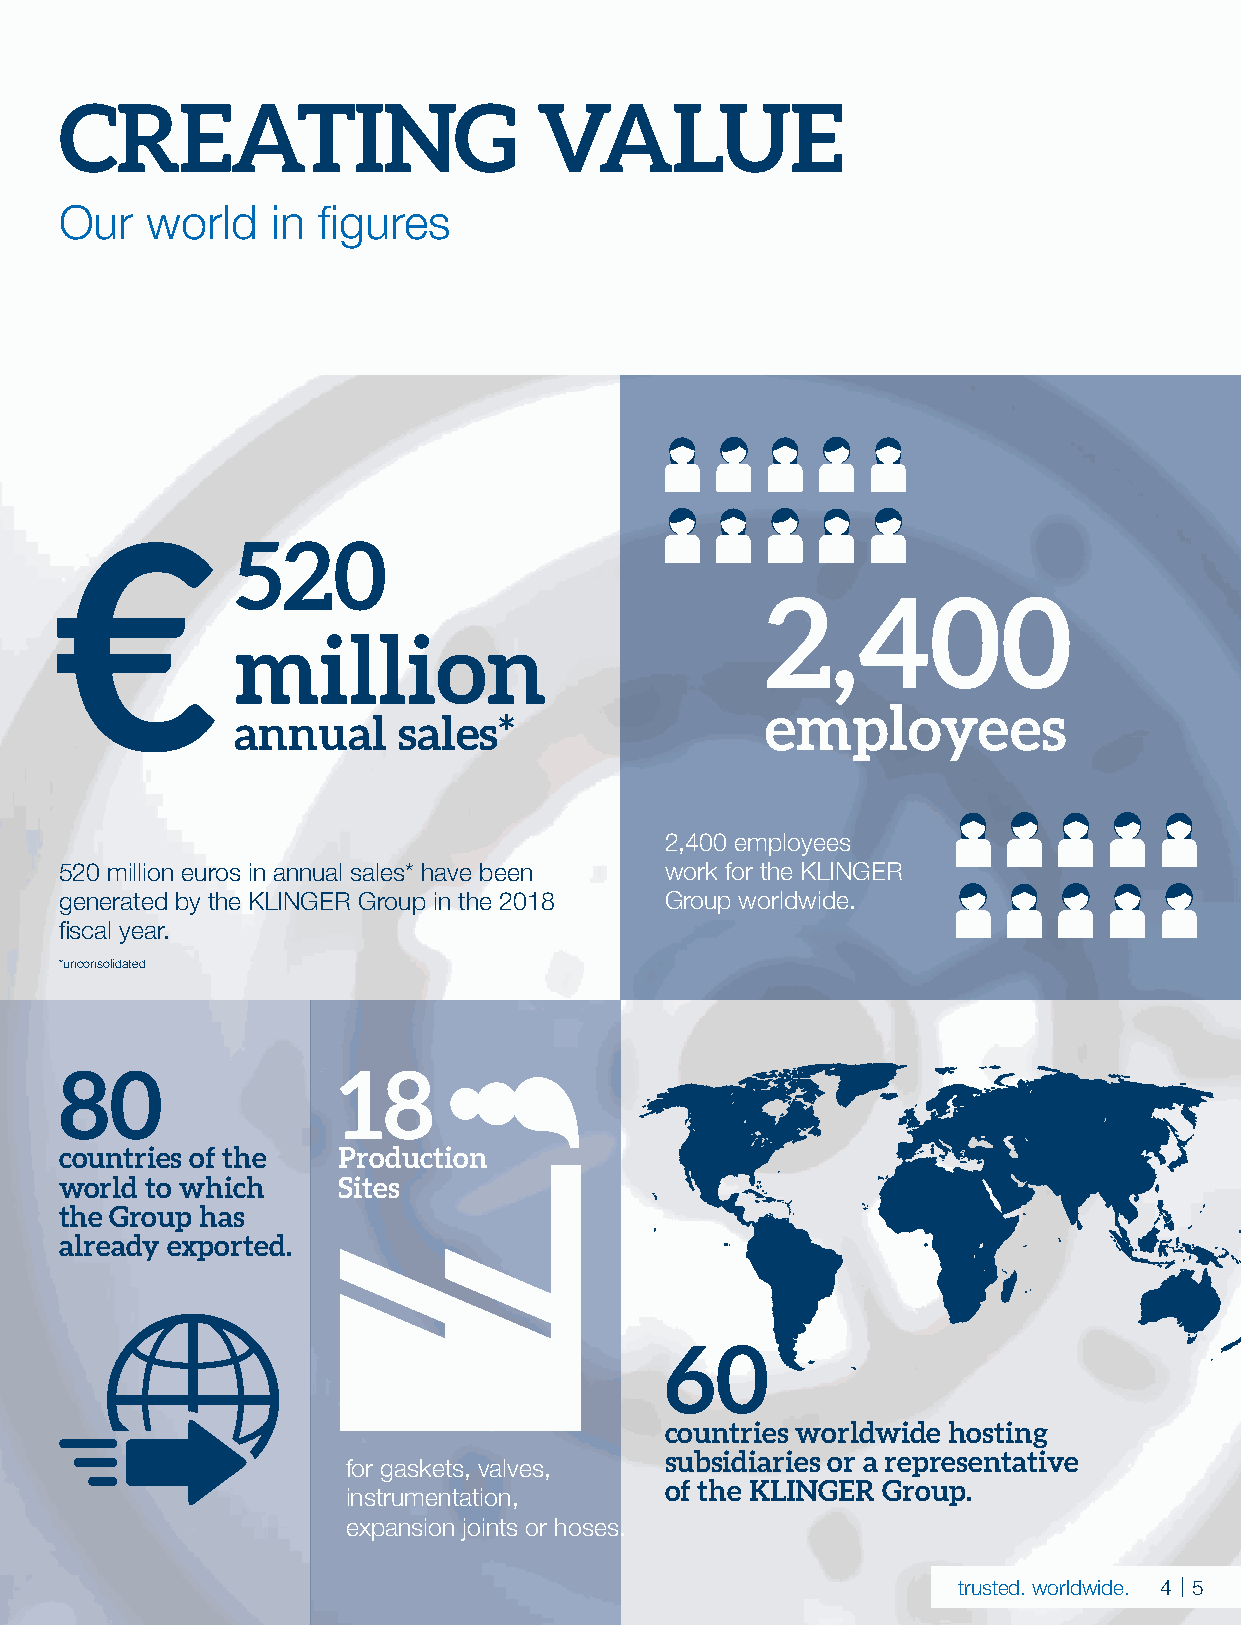
CREATING                        VALUE
 Our   world   in figures
 €
 520
 2,400
 million
 employees
 annual    sales*
 2,400 employees
 520 million euros in annual sales* have been work for the KLINGER
 generated by the KLINGER Group in the 2018 Group worldwide.
 fiscal year.
 *unconsolidated
 80                18
 countries of the  Production
 world to which    Sites
 the Group has
 already exported.
 60
 countries worldwide hosting
 subsidiaries or a representative
 for gaskets, valves,
 of the KLINGER Group.
 instrumentation,
 expansion joints or hoses.
 trusted. worldwide. 45 | 5